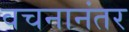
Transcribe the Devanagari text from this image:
वचनानंतर